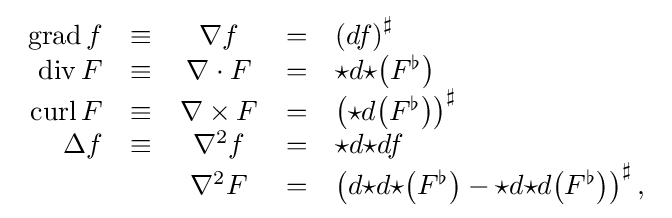
{\begin{array}{rcccl}\operatorname {grad} f&\equiv &\nabla f&=&\left(df\right)^{\sharp }\\\operatorname {div} F&\equiv &\nabla \cdot F&=&{\star d{\star }{\mathord {\left(F^{\flat }\right)}}}\\\operatorname {curl} F&\equiv &\nabla \times F&=&\left({\star }d{\mathord {\left(F^{\flat }\right)}}\right)^{\sharp }\\\Delta f&\equiv &\nabla ^{2}f&=&{\star }d{\star }df\\&&\nabla ^{2}F&=&\left(d{\star }d{\star }{\mathord {\left(F^{\flat }\right)}}-{\star }d{\star }d{\mathord {\left(F^{\flat }\right)}}\right)^{\sharp },\\\end{array}}